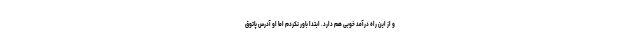
و از این راه درآمد خوبی هم دارد. ابتدا باور نکردم اما او آدرس پاتوق